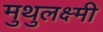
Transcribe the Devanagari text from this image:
मुथुलक्ष्मी